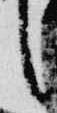
言